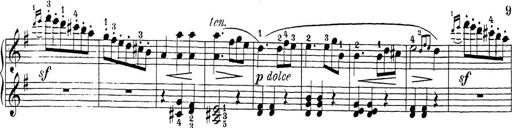
Title: Sonatina Album
Composer: Louis KÃ¶hler